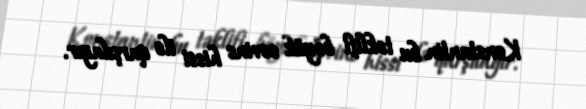
Konstantin bu təklifi böyük sevinc hissi ilə qarşılayır.